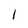
Character: l